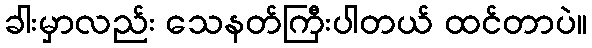
ခါးမှာလည်း သေနတ်ကြီးပါတယ် ထင်တာပဲ။